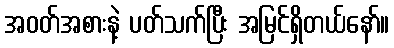
အဝတ်အစားနဲ့ ပတ်သက်ပြီး အမြင်ရှိတယ်နော်။